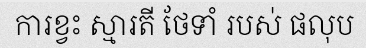
ការខ្វះ ស្មារតី ថែទាំ របស់ ផលុប